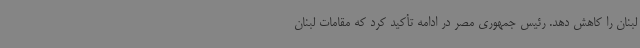
لبنان را کاهش دهد. رئیس جمهوری مصر در ادامه تأکید کرد که مقامات لبنان